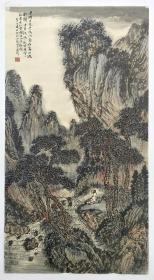
行人与我玩幽境，北风切切吹衣冷。